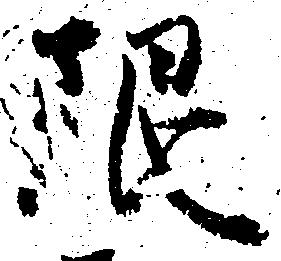
限